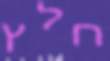
חלץ